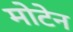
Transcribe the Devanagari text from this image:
मोटेन